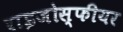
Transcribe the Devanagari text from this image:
राइजोस्फीयर